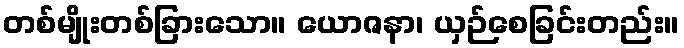
တစ်မျိုးတစ်ခြားသော။ ယောဇနာ၊ ယှဉ်စေခြင်းတည်း။